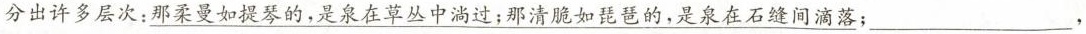
分出许多层次：那\underline{柔曼如提琴的，是泉在草丛中淌过；那清脆如琵琶的，是泉在石缝间滴落}；___，